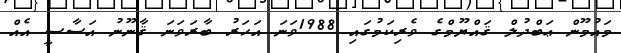
މައުމޫން ޢަބްދުލް ޤައްޔޫމްގެ ވެރިކަމުގައި 1988ވަނަ އަހަރު ބާރަވަނަ ޤާނޫނު އަސާސީ އެއް